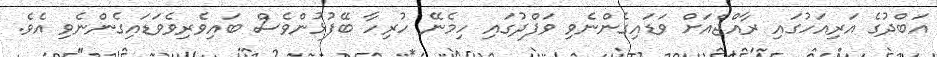
އަބްދުގެ އަރިއަހުގައި ރާއްޖެއަށް ވަޑައިގެންނެވި ވަފްދުގައި ހިމެނޭ ހުރިހާ ބޭފުޅުންވެސް ބައިވެރިވެވަޑައިގެންނެވި އެވެ.